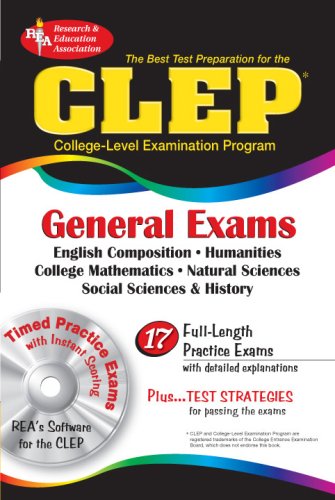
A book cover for CLEP General Exams w/ CD-ROM (CLEP Test Preparation); Joseph A. Alvarez M.A.; Test Preparation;